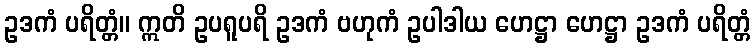
ဥဒကံ ပရိတ္တံ။ ဣတိ ဥပရူပရိ ဥဒကံ ဗဟုကံ ဥပါဒါယ ဟေဋ္ဌာ ဟေဋ္ဌာ ဥဒကံ ပရိတ္တံ